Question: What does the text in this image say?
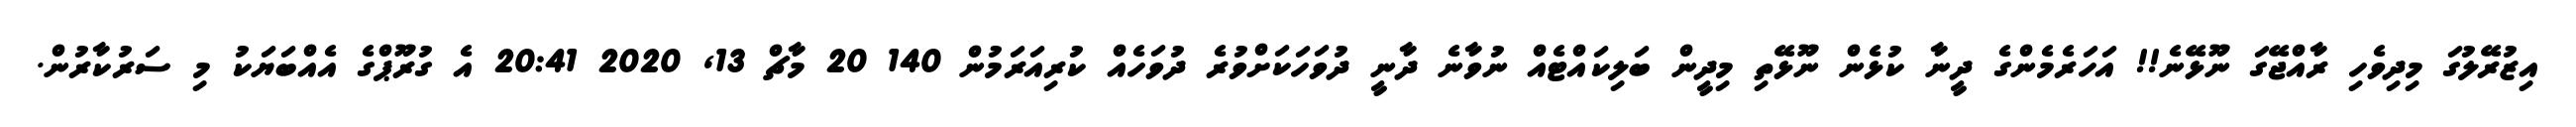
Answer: އިޒުރޭލުގަ މިދިވެހި ރާއްޖޭގަ ނޫޅޭނެ!! އަހަރެމެންގެ ދީނާ ކުޅެން ނޫޅޭތި މިދީން ބަލިކައްޓެއް ނުވާނެ ދާނީ ދުވަހަކަށްވުރެ ދުވަހެއް ކުރިއަރަމުން 140 20 މާޗް 13, 2020 20:41 އެ ގުރޫޕްގެ އެއްބަޔަކު މި ސަރުކާރުން.